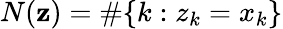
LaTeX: N(\mathbf{z})=\# \{ k:z_{k}=x_{k}\}